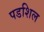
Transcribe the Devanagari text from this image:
पडशिल